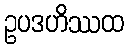
ဥပဒဟိဿထ